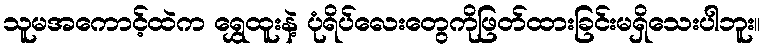
သူမအကောင့်ထဲက ရွှေထူးနဲ့ ပုံရိပ်လေးတွေကိုဖြတ်ထားခြင်းမရှိသေးပါဘူး။